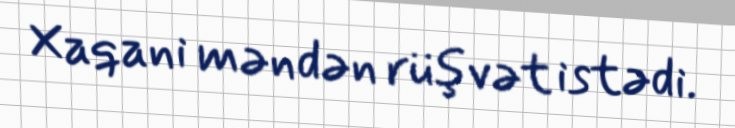
Xaqani məndən rüşvət istədi.